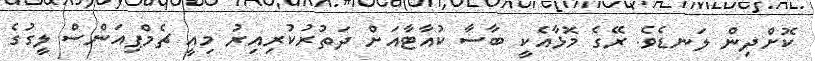
ކޮށްދިން ލަނޑެވެ. ރޭގެ މޮޅާއެކީ ބާސާ ކުއާޓާއަށް ދަތުރުކުރިއިރު މިއީ ޗެމްޕިއަންސް ލީގުގެ